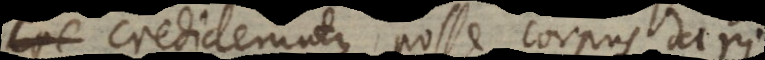
credideruntque posse corpus dari